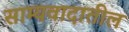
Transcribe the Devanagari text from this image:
साम्यवादातील